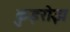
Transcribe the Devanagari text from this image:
कुइरोझ